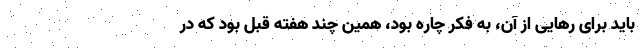
باید برای رهایی از آن، به فکر چاره بود، همین چند هفته قبل بود که در